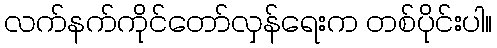
လက်နက်ကိုင်တော်လှန်ရေးက တစ်ပိုင်းပါ။